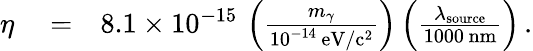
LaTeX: \begin{array}{rlr}{\eta}&{{}=}&{8.1\times 10^{-15}\, \left(\frac{m_{\gamma}}{10^{-14}\, \mathrm{eV/c^{2}}}\right)\left(\frac{\lambda_{\mathrm{source}}}{1000\, \mathrm{nm}}\right)\, .}\end{array}